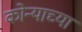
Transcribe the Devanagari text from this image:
कोन्याच्या